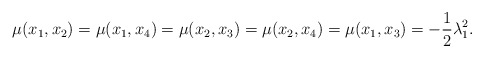
\begin{align*} \mu(x_{1},x_{2})=\mu(x_{1},x_{4})=\mu(x_{2},x_{3})= \mu(x_{2},x_{4})=\mu(x_{1},x_{3})=-\frac{1}{2}\lambda_{1}^{2}.\end{align*}